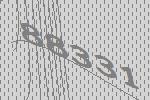
88331